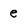
Character: e